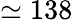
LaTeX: \simeq 138